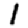
Digit: 1